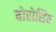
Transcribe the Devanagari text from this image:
बोरोसिव